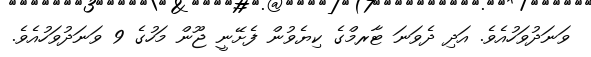
ވަނަދުވަހުއެވެ. އަދި ދެވަނަ ޓާރމްގެ ކިޔެވުން ފެށޭނީ ޖޫން މަހުގެ 9 ވަނަދުވަހުއެވެ.